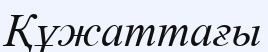
Құжаттағы